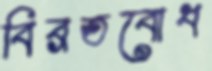
বিব্রতবোধ